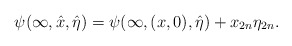
\begin{align*}\psi(\infty,\hat x,\hat\eta)=\psi(\infty,(x,0),\hat\eta)+x_{2n}\eta_{2n}.\end{align*}